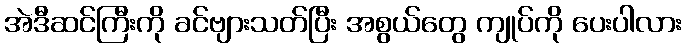
အဲဒီဆင်ကြီးကို ခင်ဗျားသတ်ပြီး အစွယ်တွေ ကျုပ်ကို ပေးပါလား